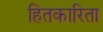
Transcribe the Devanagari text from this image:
हितकारिता